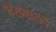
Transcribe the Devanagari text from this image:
श्वेहमाउडू